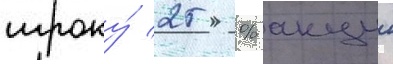
игроку́ 25 % акции